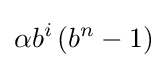
\alpha b^{i}\left(b^{n}-1\right)